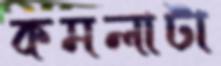
কমলাটা